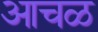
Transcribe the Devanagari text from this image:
आचळ